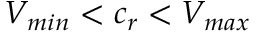
V _ { m i n } < c _ { r } < V _ { m a x }